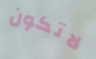
لاتكون